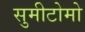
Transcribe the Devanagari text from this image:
सुमीटोमो